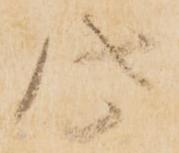
此